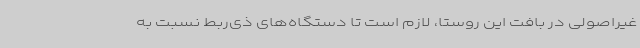
غیراصولی در بافت این روستا، لازم است تا دستگاه‌های ذی‌ربط نسبت به